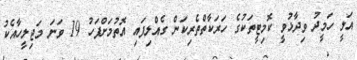
އަލީ ހަމީދު ވިދާޅުވީ ކޮމިޓީތަކުގެ ހަރަކާތްތެރިކަން ގެއްލިފައި އޮތުމަށްފަހު 19 ވަނަ މަޖިލީހާއެކު